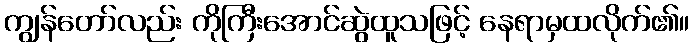
ကျွန်တော်လည်း ကိုကြီးအောင်ဆွဲထူသဖြင့် နေရာမှထလိုက်၏။